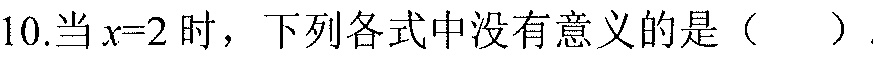
10.当\(x = 2\)时，下列各式中没有意义的是（  ）.